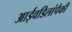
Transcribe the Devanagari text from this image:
आईवडिलांपैकी